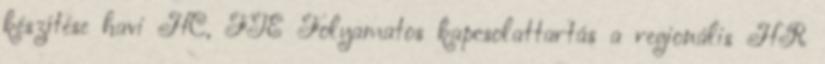
készítése havi HC, FTE Folyamatos kapcsolattartás a regionális HR